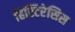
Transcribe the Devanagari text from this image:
हिस्टिरेसिस